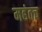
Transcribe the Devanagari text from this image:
महंतच